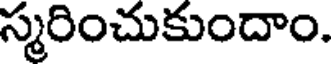
స్మరించుకుందాం.